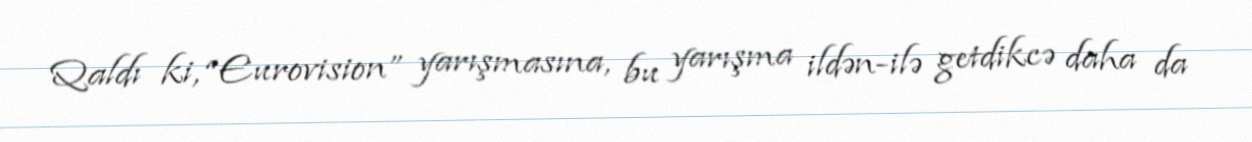
Qaldı ki, “Eurovision” yarışmasına, bu yarışma ildən-ilə getdikcə daha da